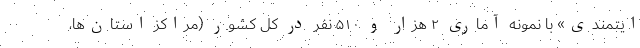
ایتمندی» با نمونه آماری ۲ هزار و ۵۱۰ نفر در کل کشور (مراکز استان‌ها،